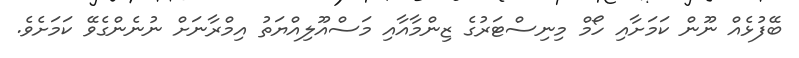
ބޭފުޅެއް ނޫން ކަމަށާއި ހޯމް މިނިސްޓަރުގެ ޒިންމާއާއި މަސްއޫލިއްޔަތު އިމްރާނަށް ނުނެންގެވޭ ކަމަށެވެ.